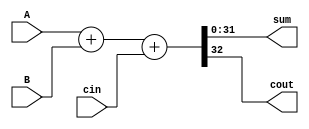
module added(A,B,cin,sum,cout);
    input [31:0] A,B;
    output [31:0] sum;
    input cin;
    output cout;
    assign {cout,sum} = A+B+cin;
endmodule

module test_Added;
    reg [31:0] A,B;
    reg cin;
    wire cout;
    wire [31:0] sum;
    added aaa(A,B,cin,sum,cout);
    initial begin
        A = 32'd0;
        B = 32'd11;
        cin = 1'b1; 
    end
    initial begin
        $monitor($time," A = %d \t B = %d \t cin = %b \t cout = %b \t sum = %d\n",A,B,cin,cout,sum);
        #5 cin=1'b0;
        #5 B=32'hFFFFFFFF;
        A=32'd1;
        #5 B=32'hCCCCAAAA;
    end
endmodule